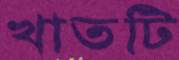
খাতটি